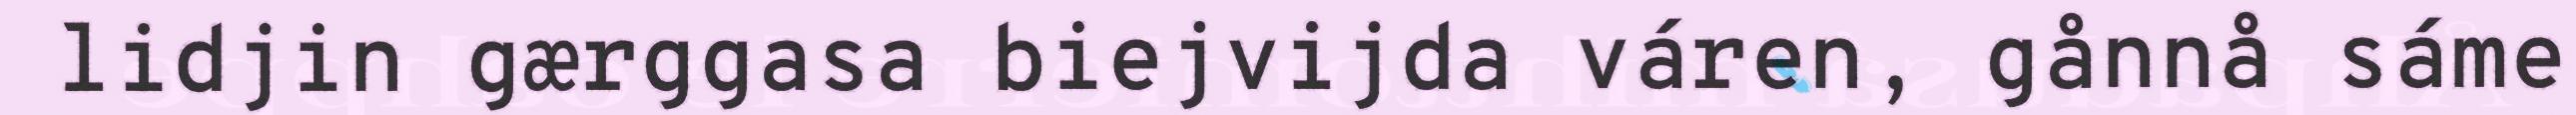
lidjin gærggasa biejvijda váren, gånnå sáme